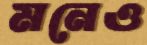
মনেও